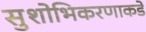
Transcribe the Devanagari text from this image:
सुशोभिकरणाकडे